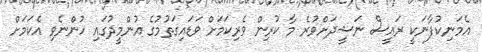
އެމަނިކުފާނަކީ ރައީސް ނަޝީދަށްވުރެ މާ ކުރިން ވެރިކަމަށް ވަޑައިގަތުމުގެ އުންމީދުގައި ހުންނެވި އެކަމަށް